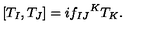
[ T _ { I } , T _ { J } ] = i { f _ { I J } } ^ { K } T _ { K } .